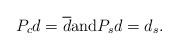
LaTeX: \begin{align*}P_c d = \overline{d} \hbox{and} P_s d = d_s.\end{align*}